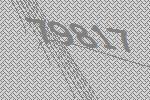
79817